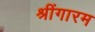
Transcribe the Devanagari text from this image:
श्रींगारम